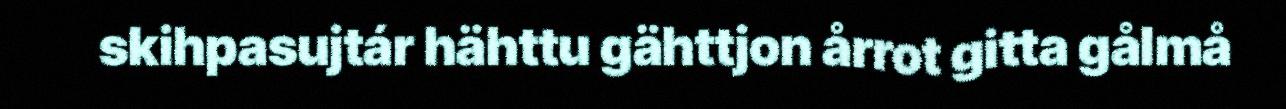
skihpasujtár hähttu gähttjon årrot gitta gålmå